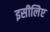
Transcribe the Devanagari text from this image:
इसीलिेए